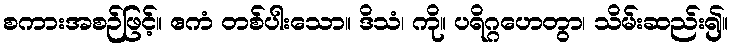
စကားအစဉ်ဖြင့်။ ဧကံ တစ်ပါးသော။ ဒိသံ၊ ကို။ ပရိဂ္ဂဟေတွာ၊ သိမ်းဆည်း၍။